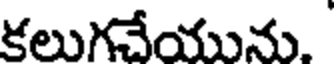
కలుగచేయును.